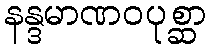
နန္ဒမာဏဝပုစ္ဆာ